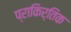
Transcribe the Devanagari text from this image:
प्राकिर्तिक